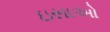
ઇસાઓ